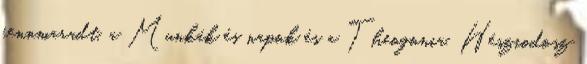
fennmaradt, a Munkák és napok és a Theogonia. Hésziodosz